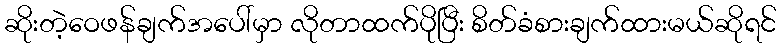
ဆိုးတဲ့ဝေဖန်ချက်အပေါ်မှာ လိုတာထက်ပိုပြီး စိတ်ခံစားချက်ထားမယ်ဆိုရင်